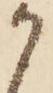
か